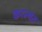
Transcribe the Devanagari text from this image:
करन्यंत